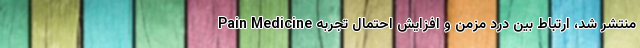
Pain Medicine منتشر شد، ارتباط بین درد مزمن و افزایش احتمال تجربه